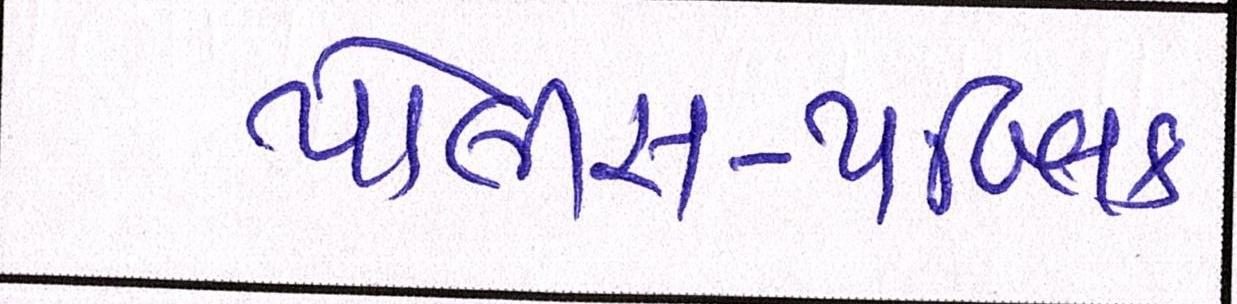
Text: પોલીસ-પબ્લિક